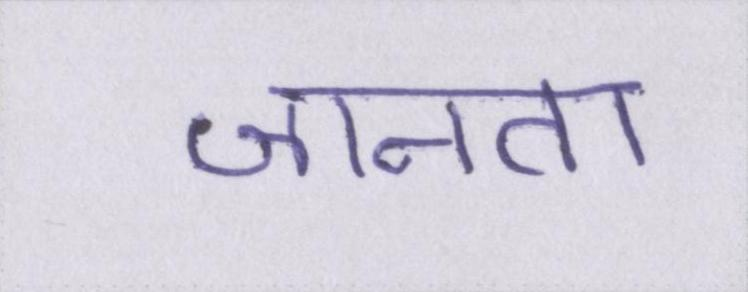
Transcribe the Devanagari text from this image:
जानता